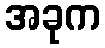
အခုက